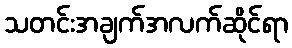
သတင်းအချက်အလက်ဆိုင်ရာ